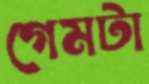
গেমটা